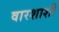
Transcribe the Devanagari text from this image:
वारशाशी